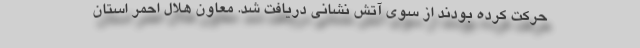
حرکت کرده بودند از سوی آتش نشانی دریافت شد. معاون هلال احمر استان